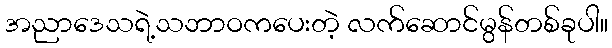
အညာဒေသရဲ့သဘာဝကပေးတဲ့ လက်ဆောင်မွန်တစ်ခုပါ။